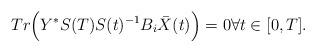
LaTeX: \begin{align*}Tr\Bigl(Y^*S(T)S(t)^{-1}B_i\bar{X}(t)\Bigr)=0 \forall t \in [0,T].\end{align*}